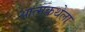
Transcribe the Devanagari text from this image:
आत्मकथेला